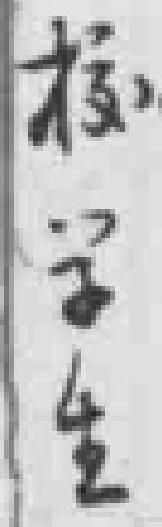
校学生